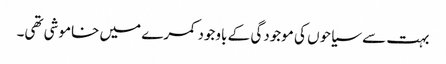
بہت سے سیاحوں کی موجودگی کے باوجود کمرے میں خاموشی تھی۔